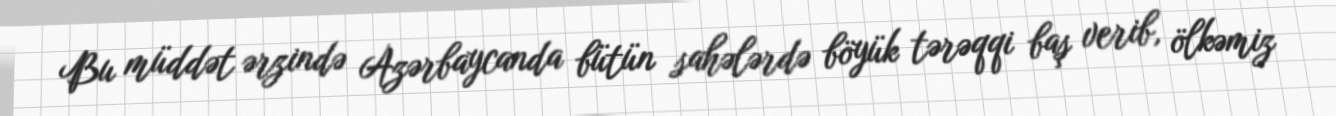
Bu müddət ərzində Azərbaycanda bütün sahələrdə böyük tərəqqi baş verib, ölkəmiz